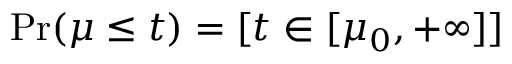
\operatorname* { P r } ( \mu \leq t ) = [ t \in [ \mu _ { 0 } , + \infty ] ]